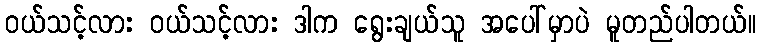
ဝယ်သင့်လား ဝယ်သင့်လား ဒါက ရွေးချယ်သူ အပေါ်မှာပဲ မူတည်ပါတယ်။